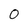
Character: O